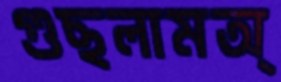
গুছলামঅ্